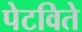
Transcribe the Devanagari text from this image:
पेटविते